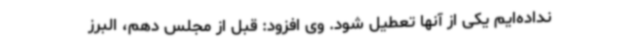
نداده‌ایم یکی از آنها تعطیل شود. وی افزود: قبل از مجلس دهم، البرز